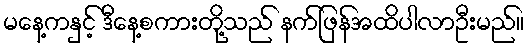
မနေ့ကနှင့် ဒီနေ့စကားတို့သည် နက်ဖြန်အထိပါလာဦးမည်။